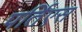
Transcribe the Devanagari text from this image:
पर्तिएस